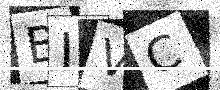
Text: BIVC